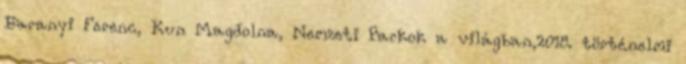
Baranyi Ferenc, Kun Magdolna, Nemzeti Parkok a világban,2018. történelmi